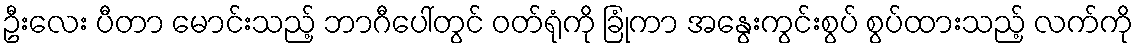
ဦးလေး ပီတာ မောင်းသည့် ဘာဂီပေါ်တွင် ဝတ်ရုံကို ခြုံကာ အနွေးကွင်းစွပ် စွပ်ထားသည့် လက်ကို